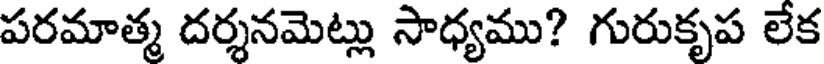
పరమాత్మ దర్శనమెట్లు సాధ్యము? గురుకృప లేక